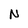
Character: N